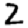
Digit: 2